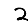
Digit: 2